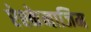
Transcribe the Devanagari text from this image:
ऐश्केनाजिम